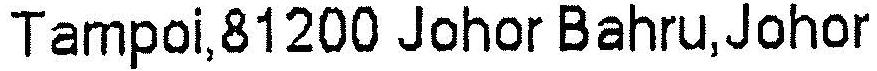
TAMPOI,81200 JOHOR BAHRU, JOHOR